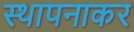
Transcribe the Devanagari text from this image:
स्थापनाकर